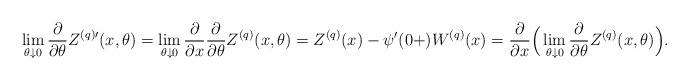
LaTeX: \begin{align*}\lim_{\theta \downarrow 0}\frac \partial {\partial \theta } Z^{(q)\prime}(x, \theta ) = \lim_{\theta \downarrow 0}\frac \partial {\partial x} \frac \partial {\partial \theta } Z^{(q)}(x, \theta )= Z^{(q)}(x) - \psi'(0+) W^{(q)}(x) = \frac \partial {\partial x}\Big(\lim_{\theta \downarrow 0}\frac \partial {\partial \theta } Z^{(q)}(x, \theta ) \Big).\end{align*}